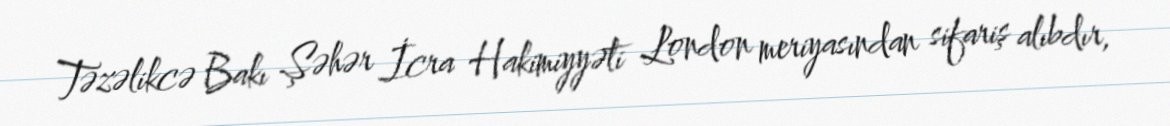
Təzəlikcə Bakı Şəhər İcra Hakimiyyəti London meriyasından sifariş alıbdır,